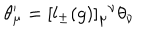
\theta _ { \mu } ^ { \prime } = [ l _ { \pm } ( g ) ] _ { \mu } { } ^ { \nu } \theta _ { \nu }